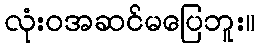
လုံးဝအဆင်မပြေဘူး။